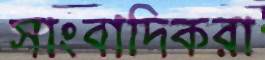
সাংবাদিকরা